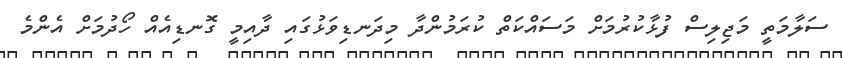
ސަލާމަތީ މަޖިލިސް ފުޅާކުރުމަށް މަސައްކަތް ކުރަމުންދާ މިދަނޑިވަޅުގައި ދާއިމީ ގޮނޑިއެއް ހޯދުމަށް އެންމެ